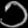
Digit: ၁